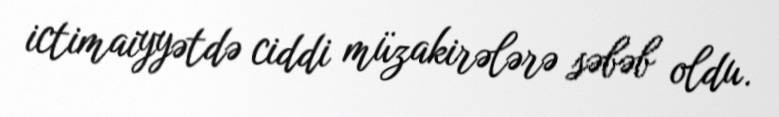
ictimaiyyətdə ciddi müzakirələrə səbəb oldu.